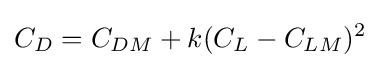
C_{D}=C_{DM}+k(C_{L}-C_{LM})^{2}